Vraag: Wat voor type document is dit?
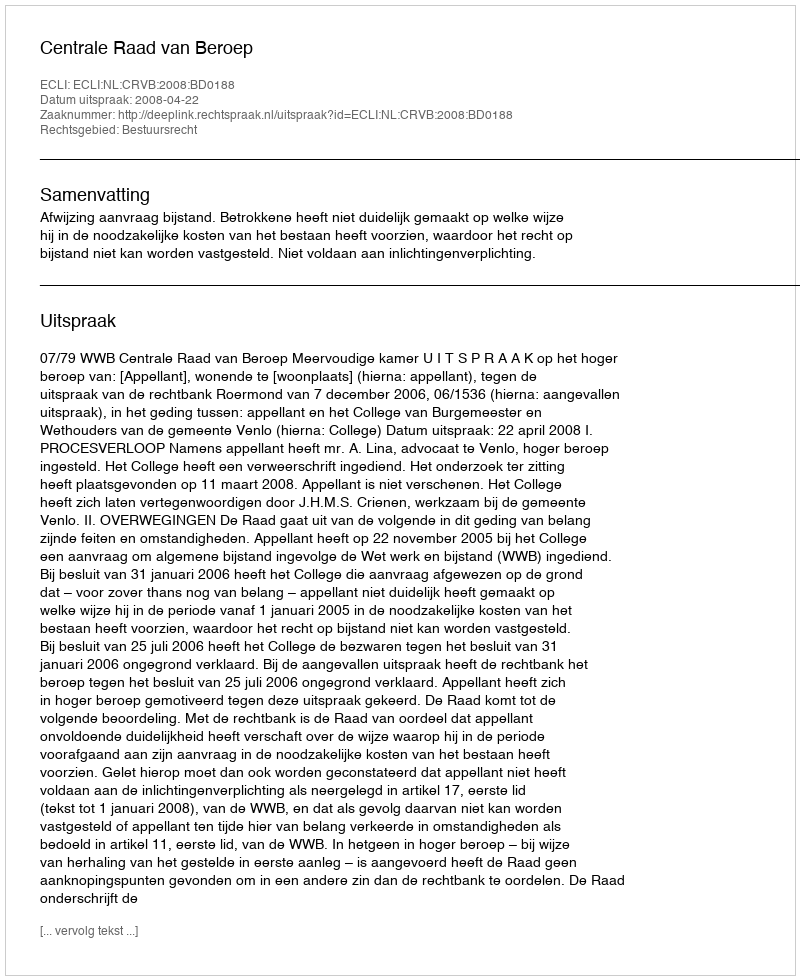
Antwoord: Uitspraak